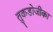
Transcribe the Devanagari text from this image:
तुकडोजीका